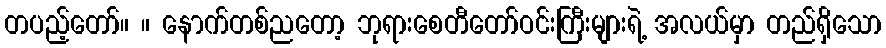
တပည့်တော်။ ။ နောက်တစ်ညတော့ ဘုရားစေတီတော်ဝင်းကြီးများရဲ့ အလယ်မှာ တည်ရှိသော